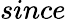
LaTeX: since